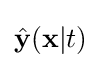
{\hat {\mathbf {y} }}(\mathbf {x} |t)